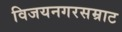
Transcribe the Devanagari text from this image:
विजयनगरसम्राट